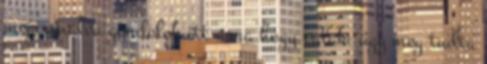
megcsinálva gondolok itt arra hogy valaki úgy meg tudta